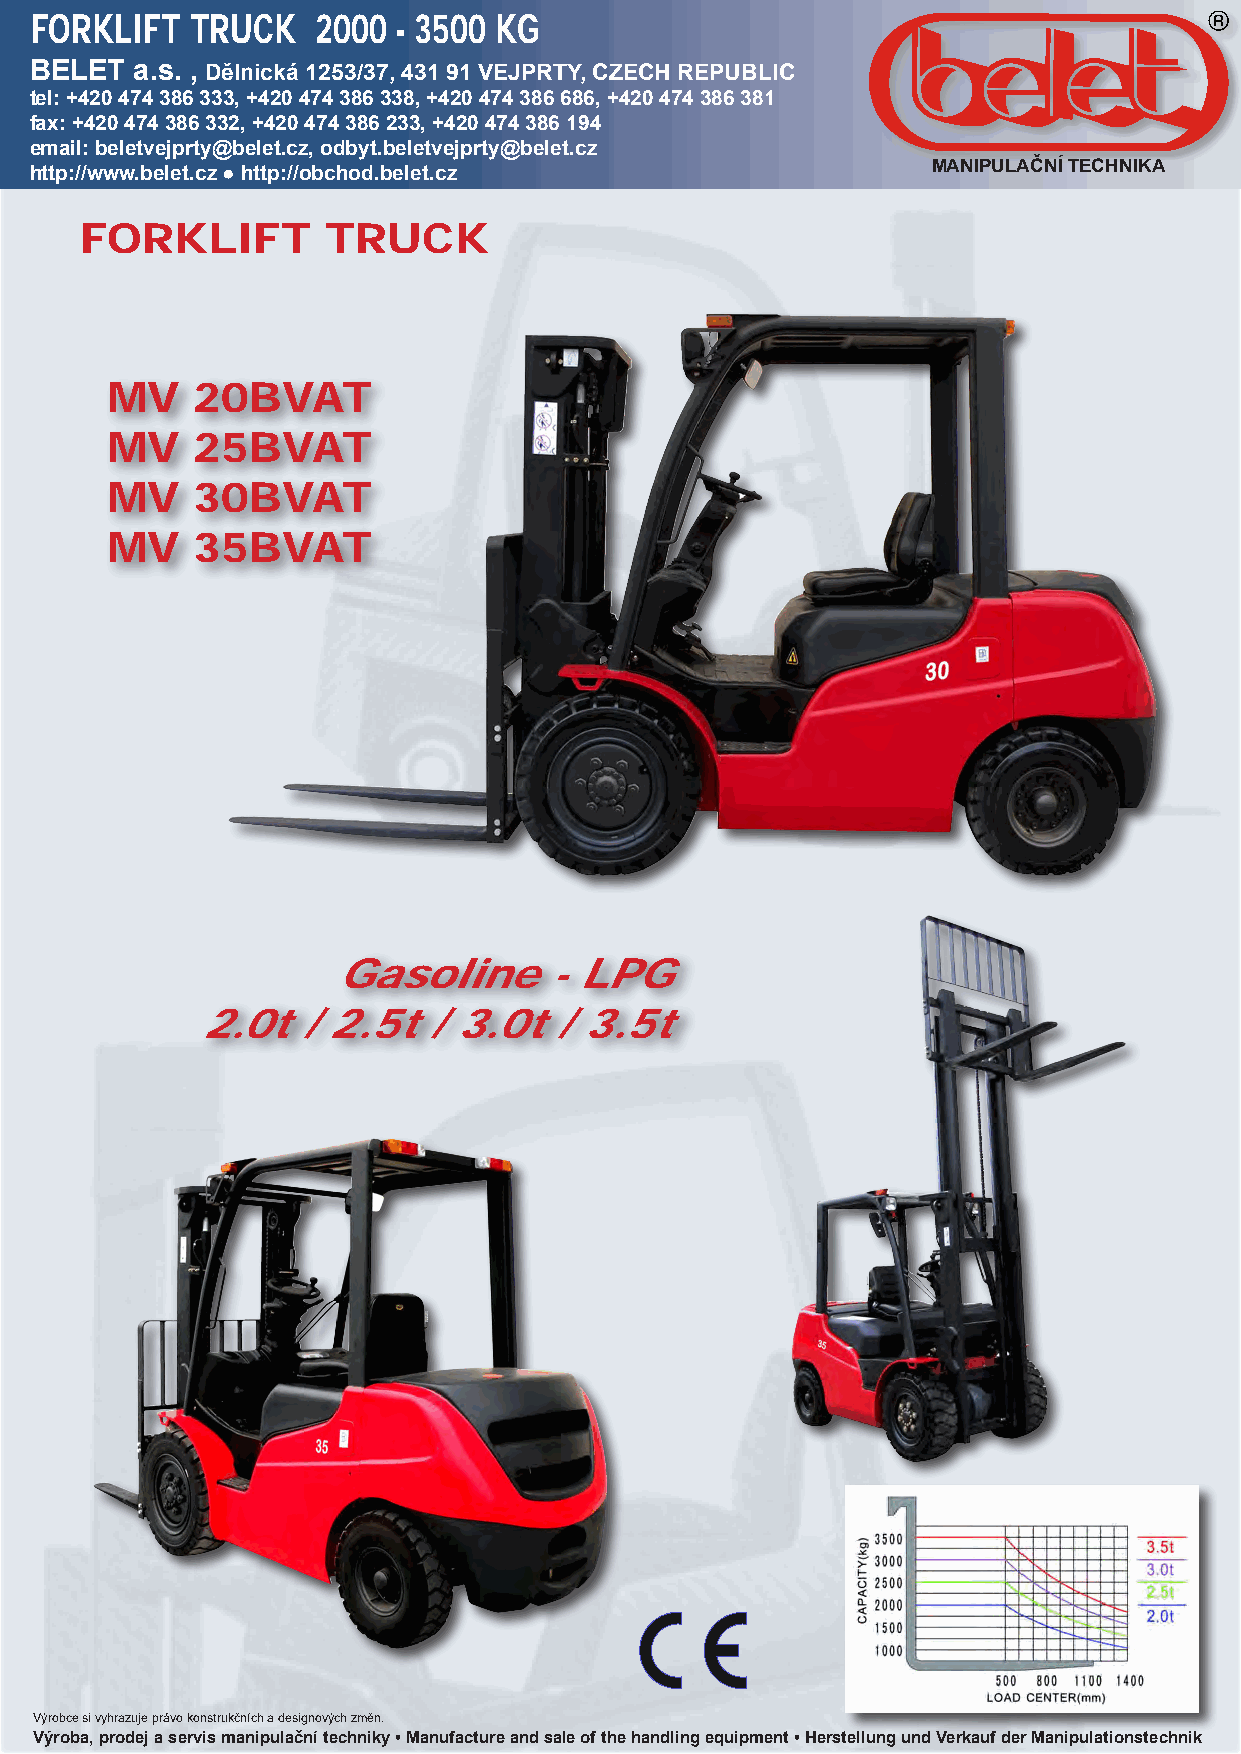
FORKLIFT   TRUCK   2000 - 3500 KG
 BELET  a.s. , Dělnická 1253/37, 431 91 VEJPRTY, CZECH REPUBLIC
 tel: +420 474 386 333, +420 474 386 338, +420 474 386 686, +420 474 386 381
 fax: +420 474 386 332, +420 474 386 233, +420 474 386 194
 email: beletvejprty@belet.cz, odbyt.beletvejprty@belet.cz
 MANIPULAČNÍ TECHNIKA
 http://www.belet.cz ● http://obchod.belet.cz
 FORKLIFT         TRUCK
 MV    20BVAT
 MV    25BVAT
 MV    30BVAT
 MV    35BVAT
 Gasoline      - LPG
 2.0t   / 2.5t  / 3.0t   / 3.5t
 Výrobce si vyhrazuje právo konstrukčních a designových změn.
 Výroba, prodej a servis manipulační techniky • Manufacture and sale of the handling equipment • Herstellung und Verkauf der Manipulationstechnik